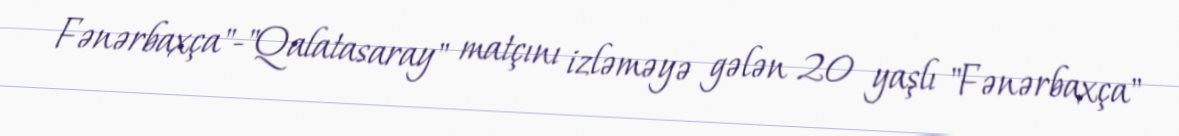
Fənərbaxça"-"Qalatasaray" matçını izləməyə gələn 20 yaşlı "Fənərbaxça"